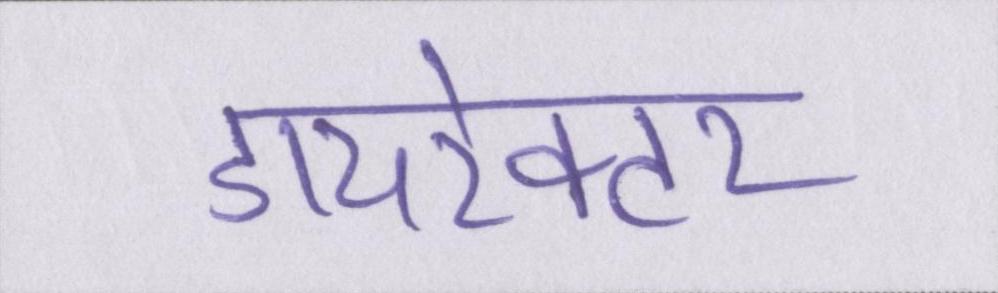
डायरेक्टर